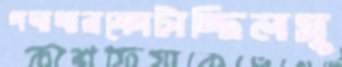
গদাধারফোটাচ্ছিলসু